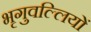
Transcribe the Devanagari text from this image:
भृगुवल्लियों